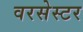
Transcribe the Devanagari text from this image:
वरसेस्टर